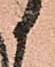
御